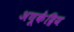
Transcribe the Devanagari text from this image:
अणूकेंद्रिय